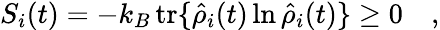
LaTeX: S_{i}(t)=-k_{B}\, \mathrm{tr}\{ \hat{\rho}_{i}(t)\ln\hat{\rho}_{i}(t)\} \geq 0\quad,